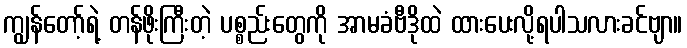
ကျွန်တော့်ရဲ့ တန်ဖိုးကြီးတဲ့ ပစ္စည်းတွေကို အာမခံဗီဒိုထဲ ထားပေးလို့ရပါသလားခင်ဗျာ။